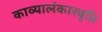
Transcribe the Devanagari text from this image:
काव्यालंकारवृति